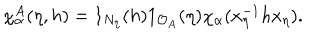
LaTeX: \chi _ { \alpha } ^ { A } ( \eta , h ) = 1 _ { N _ { \eta } } ( h ) 1 _ { \mathcal { O } _ { A } } ( \eta ) \chi _ { \alpha } ( x _ { \eta } ^ { - 1 } h x _ { \eta } ) .